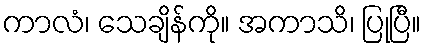
ကာလံ၊ သေချိန်ကို။ အကာသိ၊ ပြုပြီ။